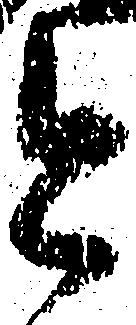
今